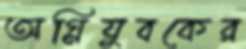
অগ্নিযুবকের